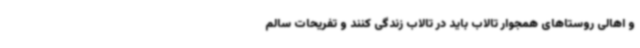
و اهالی روستاهای همجوار تالاب باید در تالاب زندگی کنند و تفریحات سالم